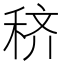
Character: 𰨦